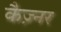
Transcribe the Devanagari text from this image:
कैज़्नर